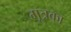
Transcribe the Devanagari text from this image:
मूत्रका